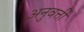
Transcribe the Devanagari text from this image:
अनुवर्त्ती